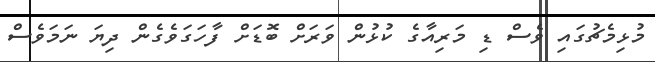
މުޅިމެޗުގައި ވެސް ޑި މަރިއާގެ ކުޅުން ވަރަށް ބޮޑަށް ފާހަގަވެގެން ދިޔަ ނަމަވެސް